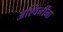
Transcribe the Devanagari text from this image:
अश्विनींना